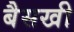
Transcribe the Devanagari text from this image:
बैसखी